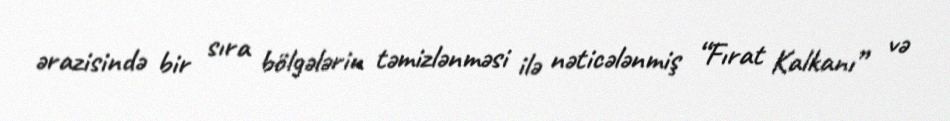
ərazisində bir sıra bölgələrin təmizlənməsi ilə nəticələnmiş “Fırat Kalkanı” və